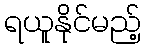
ရယူနိုင်မည့်